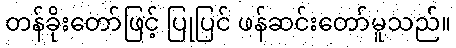
တန်ခိုးတော်ဖြင့် ပြုပြင် ဖန်ဆင်းတော်မူသည်။